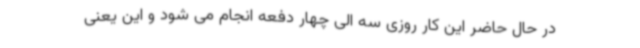
در حال حاضر این کار روزی سه الی چهار دفعه انجام می شود و این یعنی